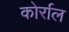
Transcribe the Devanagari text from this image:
कोर्राल